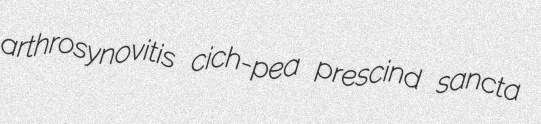
arthrosynovitis cich-pea prescind sancta